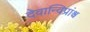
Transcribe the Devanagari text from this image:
देवान्विप्रांश्च